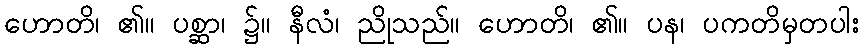
ဟောတိ၊ ၏။ ပစ္ဆာ၊ ၌။ နီလံ၊ ညိုသည်။ ဟောတိ၊ ၏။ ပန၊ ပကတိမှတပါး